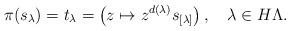
LaTeX: \begin{align*}\pi(s_\lambda)=t_\lambda= \left(z\mapsto z^{d(\lambda)}s_{[\lambda]}\right), \quad\lambda\in H\Lambda.\end{align*}